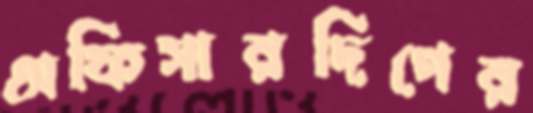
অফিসারদিগের